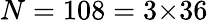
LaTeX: N=108=3{\times}36